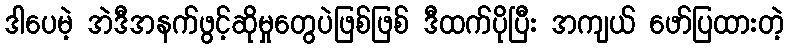
ဒါပေမဲ့ အဲဒီအနက်ဖွင့်ဆိုမှုတွေပဲဖြစ်ဖြစ် ဒီထက်ပိုပြီး အကျယ် ဖော်ပြထားတဲ့